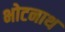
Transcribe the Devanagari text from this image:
भोटनाथ